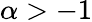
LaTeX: \alpha>-1